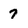
Character: 7